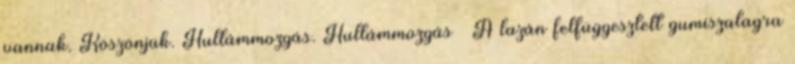
vannak. Köszönjük. Hullámmozgás. Hullámmozgás  A lazán felfüggesztett gumiszalagra